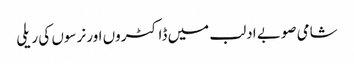
شامی صوبے ادلب میں ڈاکٹروں اور نرسوں کی ریلی